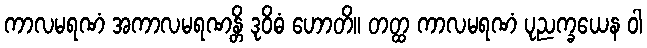
ကာလမရဏံ အကာလမရဏန္တိ ဒုဝိဓံ ဟောတိ။ တတ္ထ ကာလမရဏံ ပုညက္ခယေန ဝါ